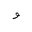
Letter: _waw